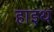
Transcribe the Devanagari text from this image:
हाइथ